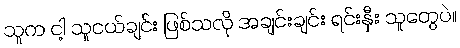
သူက ငါ့ သူငယ်ချင်း ဖြစ်သလို အချင်းချင်း ရင်းနှီး သူတွေပဲ။